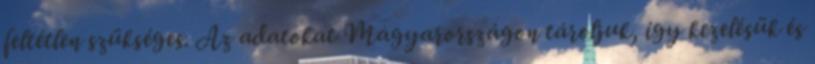
feltétlen szükséges. Az adatokat Magyarországon tároljuk, így kezelésük és